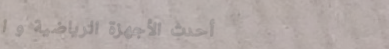
أحدث الأجهزة الرياضية و ا